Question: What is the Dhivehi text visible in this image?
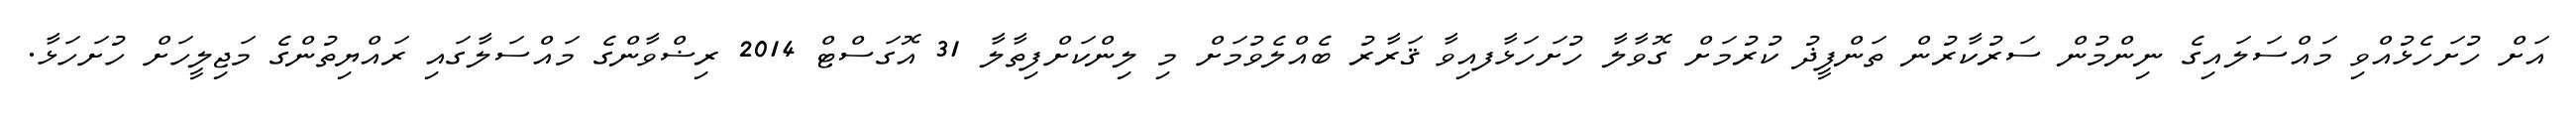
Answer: އަށް ހުށަހެޅުއްވި މައްސަލައިގެ ނިންމުން ސަރުކާރުން ތަންފީޛު ކުރުމަށް ގޮވާލާ ހުށަހަޅާފއިވާ ޤަރާރު ބެއްލެވުމަށް މި ލިންކަށްފިތާލާ 31 އޮގަސްޓް 2014 ރިޟްވާންގެ މައްސަލާގައި ރައްޔިތުންގެ މަޖިލީހަށް ހުށަހަޅާ.